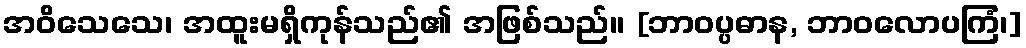
အဝိသေသေ၊ အထူးမရှိကုန်သည်၏ အဖြစ်သည်။ [ဘာဝပ္ပဓာန, ဘာဝလောပကြံ၊]